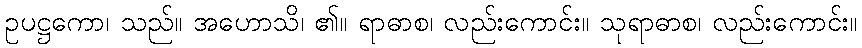
ဥပဋ္ဌကော၊ သည်။ အဟောသိ၊ ၏။ ရာဓာစ၊ လည်းကောင်း။ သုရာဓာစ၊ လည်းကောင်း။